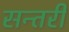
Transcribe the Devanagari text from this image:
सन्तरी